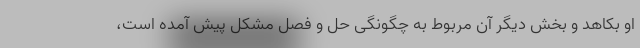
او بکاهد و بخش دیگر آن مربوط به چگونگی حل و فصل مشکل پیش آمده است،